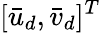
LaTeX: [\bar{u}_{d},\bar{v}_{d}]^{T}